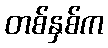
တစ်နှစ်က